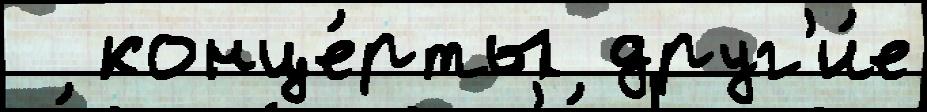
  конце́рты друг'и́е